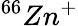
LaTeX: ^{66}Zn^{+}